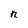
Character: n